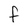
Character: f